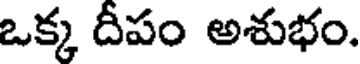
ఒక్క దీపం అశుభం.